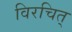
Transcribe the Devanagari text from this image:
विरचित्